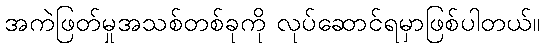
အကဲဖြတ်မှုအသစ်တစ်ခုကို လုပ်ဆောင်ရမှာဖြစ်ပါတယ်။